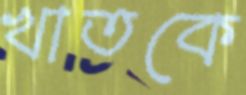
খাতকে